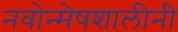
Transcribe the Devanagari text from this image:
नवोन्मेषशालीनी